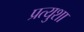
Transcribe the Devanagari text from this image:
प्रत्युशा